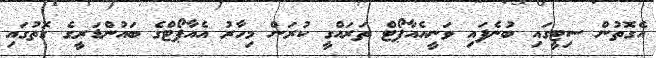
އެގޮތުން ސިޓީގައި ބުނެފައި ވަނީއެއާޕޯޓް ތަރައްގީ ކުރަން މިހާރު އެއާޕޯޓްގެ ބައުންޑަރީގެ ގޮތުގައި